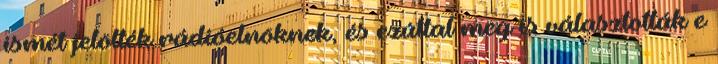
ismét jelölték rádióelnöknek, és ezúttal meg is választották e